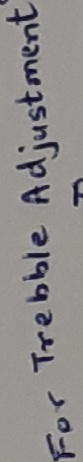
Text: for trebble adjustment